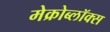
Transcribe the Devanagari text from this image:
मेक्रोब्लॉक्स